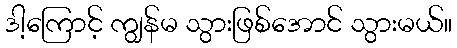
ဒါ့ကြောင့် ကျွန်မ သွားဖြစ်အောင် သွားမယ်။